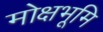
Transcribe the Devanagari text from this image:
मोक्षभूमि